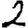
Digit: 2